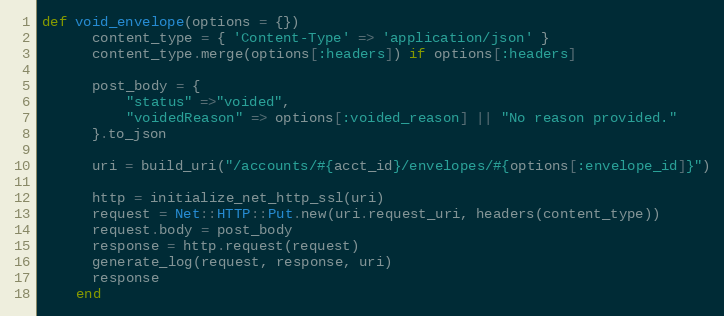
Language: Ruby
def void_envelope(options = {})
      content_type = { 'Content-Type' => 'application/json' }
      content_type.merge(options[:headers]) if options[:headers]

      post_body = {
          "status" =>"voided",
          "voidedReason" => options[:voided_reason] || "No reason provided."
      }.to_json

      uri = build_uri("/accounts/#{acct_id}/envelopes/#{options[:envelope_id]}")

      http = initialize_net_http_ssl(uri)
      request = Net::HTTP::Put.new(uri.request_uri, headers(content_type))
      request.body = post_body
      response = http.request(request)
      generate_log(request, response, uri)
      response
    end